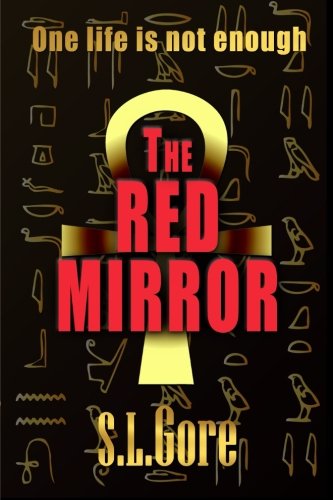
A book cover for The Red Mirror (Red Mirror Series) (Volume 1); S. L. Gore; Romance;